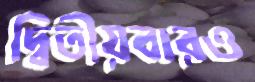
দ্বিতীয়বারও